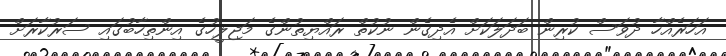
އަހަރެއްހާ ދުވަސް ކުރިން ބަދަލަކަށް އެދިގެން ނުކުތް ރައްޔިތުންގެ މަޖިލީހުގެ އިންތިހާބުގައި ސަރުކާރަށް